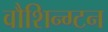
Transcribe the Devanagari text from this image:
वौशिन्ग्टन